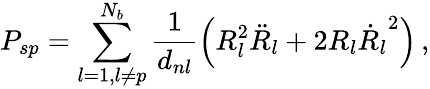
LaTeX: P_{sp}=\sum_{l=1,l\neq p}^{N_{b}}\frac{1}{d_{nl}}\left(R_{l}^{2}\ddot{R}_{l}+2R_{l}{\dot{R}_{l}}^{2}\right)\, ,